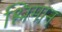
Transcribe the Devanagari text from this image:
श्लिमान